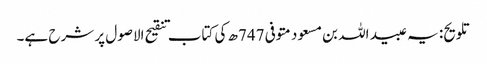
تلویح: یہ عبید اللہ بن مسعود متوفی 747ھ کی کتاب تنقیح الاصول پر شرح ہے۔